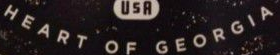
HEART OF GEORGIA